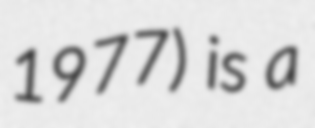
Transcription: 1977) is a